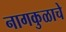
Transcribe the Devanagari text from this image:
नागकुळाचे